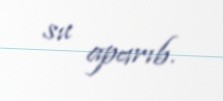
su aparıb.